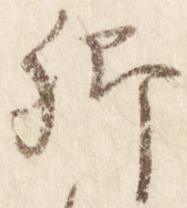
卿